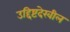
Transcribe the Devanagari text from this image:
उद्दिष्टदेखील